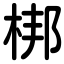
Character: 梆